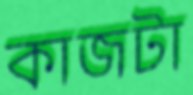
কাজটা